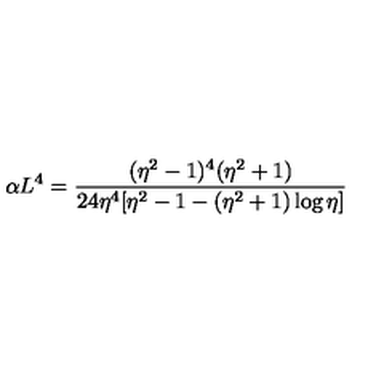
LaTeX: \alpha L ^ { 4 } = \frac { ( \eta ^ { 2 } - 1 ) ^ { 4 } ( \eta ^ { 2 } + 1 ) } { 2 4 \eta ^ { 4 } [ \eta ^ { 2 } - 1 - ( \eta ^ { 2 } + 1 ) \log { \eta } ] }